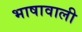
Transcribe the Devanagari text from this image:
भाषावाली